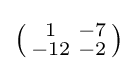
\left({\begin{smallmatrix}1&-7\\-12&-2\\\end{smallmatrix}}\right)